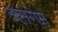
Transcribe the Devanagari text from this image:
असंगेम